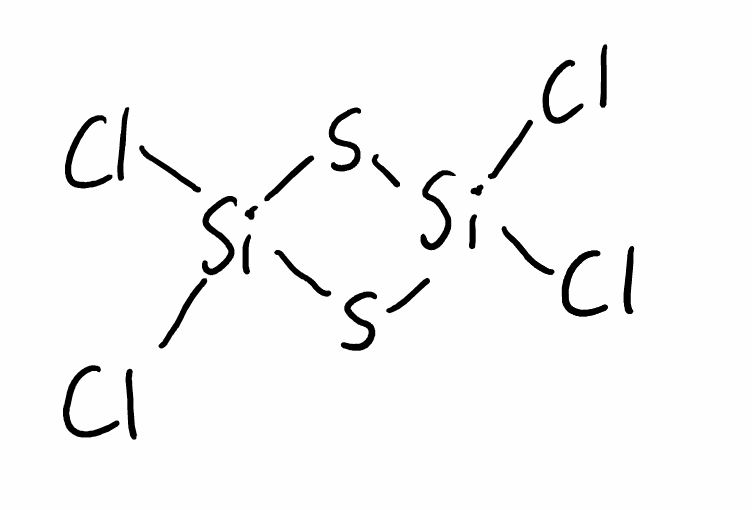
Simplified molecular-input line-entry system (SMILES) notation of the given molecule:
[Si]1(S[Si](S1)(Cl)Cl)(Cl)Cl